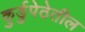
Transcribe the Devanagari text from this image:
कुर्डुपेठेतील